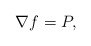
\begin{align*}\nabla f= P,\end{align*}